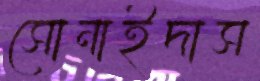
সোনাইদাস